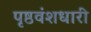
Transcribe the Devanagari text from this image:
पृष्ठवंशधारी